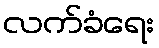
လက်ခံရေး